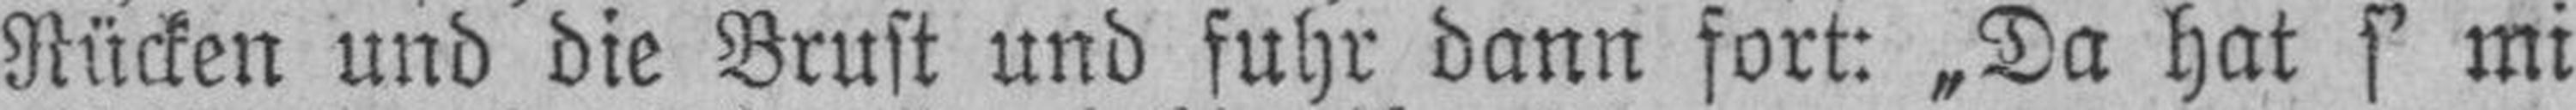
Rücken und die Brust und fuhr dann fort: „Da hat s’ mi